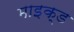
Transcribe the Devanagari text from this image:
माइक्ड